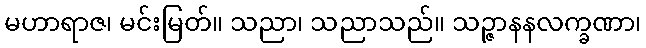
မဟာရာဇ၊ မင်းမြတ်။ သညာ၊ သညာသည်။ သဉ္ဇာနနလက္ခဏာ၊